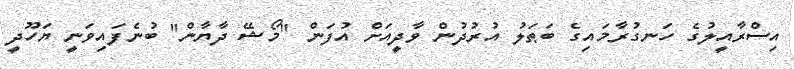
އިސްރާއީލުގެ ހަނގުރާމައިގެ ބަޠަލު އުރުދުން ވާދީއަށް އުފަން "މޯޝޭ ދާޔާން" ބުނެފައިވަނީ ޔަހޫދީ